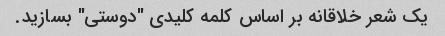
یک شعر خلاقانه بر اساس کلمه کلیدی "دوستی" بسازید.